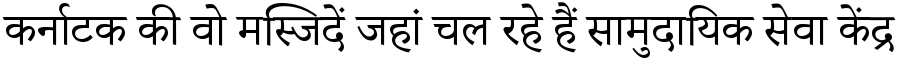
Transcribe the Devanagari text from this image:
कर्नाटक की वो मस्जिदें जहां चल रहे हैं सामुदायिक सेवा केंद्र